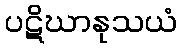
ပဋိဃာနုသယံ